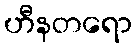
ဟီနတရော